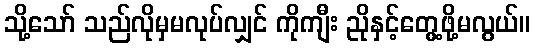
သို့သော် သည်လိုမှမလုပ်လျှင် ကိုကျီး ညိုနှင့်တွေ့ဖို့မလွယ်။